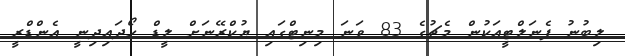
ލިބުނު ޕެނަލްޓީއަކުން މެޗުގެ 83 ވަނަ މިނިޓްގައި ޔުކްރޭނަށް ލީޑް ހޯދައިދިނީ އެންޑްރީ